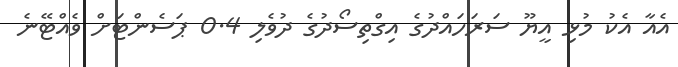
އެއާ އެކު މުޅި އީޔޫ ސަރަހައްދުގެ އިގްތިސޯދުގެ ދުވެލި 0.4 ޕަސެންޓަށް ވެއްޓޭނެ